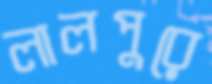
লালপুরে